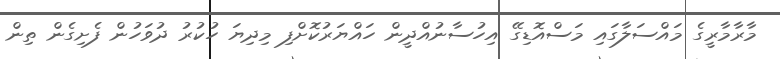
މާރާމާރީގެ މައްސަލާގައި މަސްއޮޑިގޭ އިހުސާނުއްދީން ހައްޔަރުކޮށްފި މިދިޔަ ހުކުރު ދުވަހުން ފެށިގެން ތިން